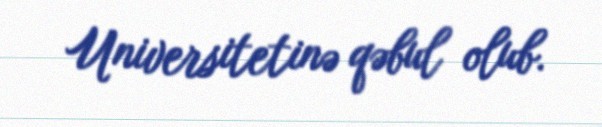
Universitetinə qəbul olub.